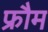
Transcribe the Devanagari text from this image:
फ्रौम